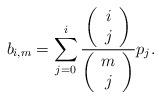
LaTeX: \begin{align*} b_{i,m}=\sum_{j=0}^i \frac{\left(\begin{array}{c} i \\ j\end{array}\right) }{\left(\begin{array}{c} m \\ j\end{array}\right) } p_j.\end{align*}